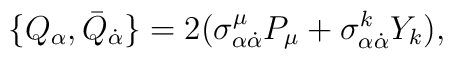
\{ Q_\alpha, \bar{Q}_{\dot{\alpha}} \} =2 (\sigma^{\mu}_{\alpha \dot{\alpha}} P_{\mu} + \sigma^k_{\alpha \dot{\alpha}} Y_k ),